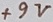
Text: +9V